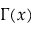
\Gamma ( x )